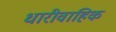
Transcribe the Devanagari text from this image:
धारीवाहिक